Code of medical and sanitary regulations for the guidance of medical officers serving in the Madras Presidency - Volume I
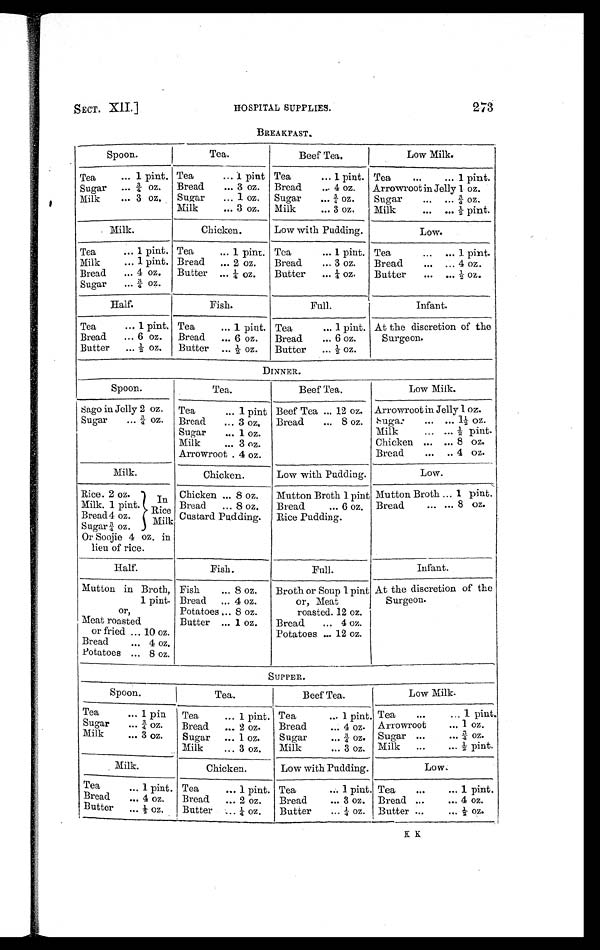
273
SECT. XII.]
HOSPITAL SUPPLIES.
BREAKFAST.
Spoon.
Tea.
Beef Tea.
Low Milk.
Tea
... 1 pint. Tea
... 1 pint Tea
... 1 pint. Tea
...
... 1 pint.
Sugar ... ¾ oz. Bread
... 3 oz. Bread
... 4 oz. Arrowroot in Jelly 1 oz.
Milk
... 3 oz. Sugar ... 1 oz. Sugar ... ¾ oz. Sugar
... ... ¾ oz.
Milk
... 3 oz. Milk
... 3 oz. Milk
... ... ½ pint.
Milk.
Chicken.
Low with Pudding.
Low.
Tea
... 1 pint. Tea
... 1 pint. Tea
... 1 pint. Tea
... ... 1 pint.
Milk
... 1 pint. Bread ... 2 oz. Bread
... 3 oz. Bread
... ... 4 oz.
Bread ... 4 oz. Butter ... ¼ oz. Butter ... ¼ oz. Butter ... ... ½ oz.
Sugar ... ¾ oz.
Half.
Fish.
Full.
Infant.
Tea
... 1 pint. Tea
... 1 pint. Tea
... 1 pint. At the discretion of the
Surgeon.
Bread ... 6 oz. Bread ... 6 oz. Bread
... 6 oz.
Butter ... ½ oz. Butter ... ½ oz. Butter ... ½ oz.
DINNER.
Spoon.
Tea.
Beef Tea.
Low Milk.
Sago in Jelly 2 oz. Tea
... 1 pint Beef Tea ... 12 oz. Arrowroot in Jelly 1 oz.
Sugar
...
¾ oz. Bread ... 3 oz. Bread ... 8 oz. Sugar ... ... 1½ oz.
Sugar ... 1 oz.
Milk
. . . ...
½ pint.
Milk
... 3 oz.
Chicken ... ... 8 oz.
Arrowroot. 4 oz.
Bread
... ... 4 oz.
Milk.
Chicken.
Low with Pudding.
Low.
Rice. 2 oz.
In
Rice
Milk
Chicken ... 8 oz. Mutton Broth 1 pint Mutton Broth ... 1 pint.
Milk. 1 pint.
Bread ... 8 oz. Bread
... 6 oz. Bread
... ... 8 oz.
Bread 4 oz.
Custard Pudding. Rice Pudding.
Sugar ¾ oz.
Or Soojie 4 oz. in
lieu of rice.
Half.
Fish.
Full.
Infant.
Mutton in Broth, Fish
... 8 oz. Broth or Soup 1 pint At the discretion of the
Surgeon.
1 pint. Bread ... 4 oz.
or, Meat
or,
Potatoes ... 8 oz.
roasted. 12 oz.
Meat roasted
Butter ... 1 oz. Bread ... 4 oz.
or fried ... 10 oz.
Potatoes ... 12 oz.
Bread
... 4 oz.
Potatoes ... 8 oz.
SUPPER.
Spoon.
Tea.
Beef Tea.
Low Milk.
Tea
. . . 1 pin Tea
... 1 pint. Tea
... 1 pint. Tea
...
... 1 pint.
Sugar ... ¾ oz. Bread ... 2 oz. Bread
... 4 oz. Arrowroot
... 1 oz.
Milk
... 3 oz.
Sugar ... 1 oz. Sugar
... ¾ oz. Sugar ...
... ¾ oz.
Milk
... 3 oz. Milk
... 3 oz. Milk ...
... ½ pint.
Milk.
Chicken.
Low with Pudding.
Low.
Tea
... 1 pint. Tea
... 1 pint. Tea
... 1 pint. Tea
...
... 1 pint.
Bread ... 4 oz. Bread ... 2 oz. Bread
... 3 oz. Bread ...
... 4 oz.
Butter ... ½ oz. Butter ... ¼ oz. Butter
... ¼ oz. Butter ...
... ½ oz.
K K